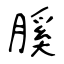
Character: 膎